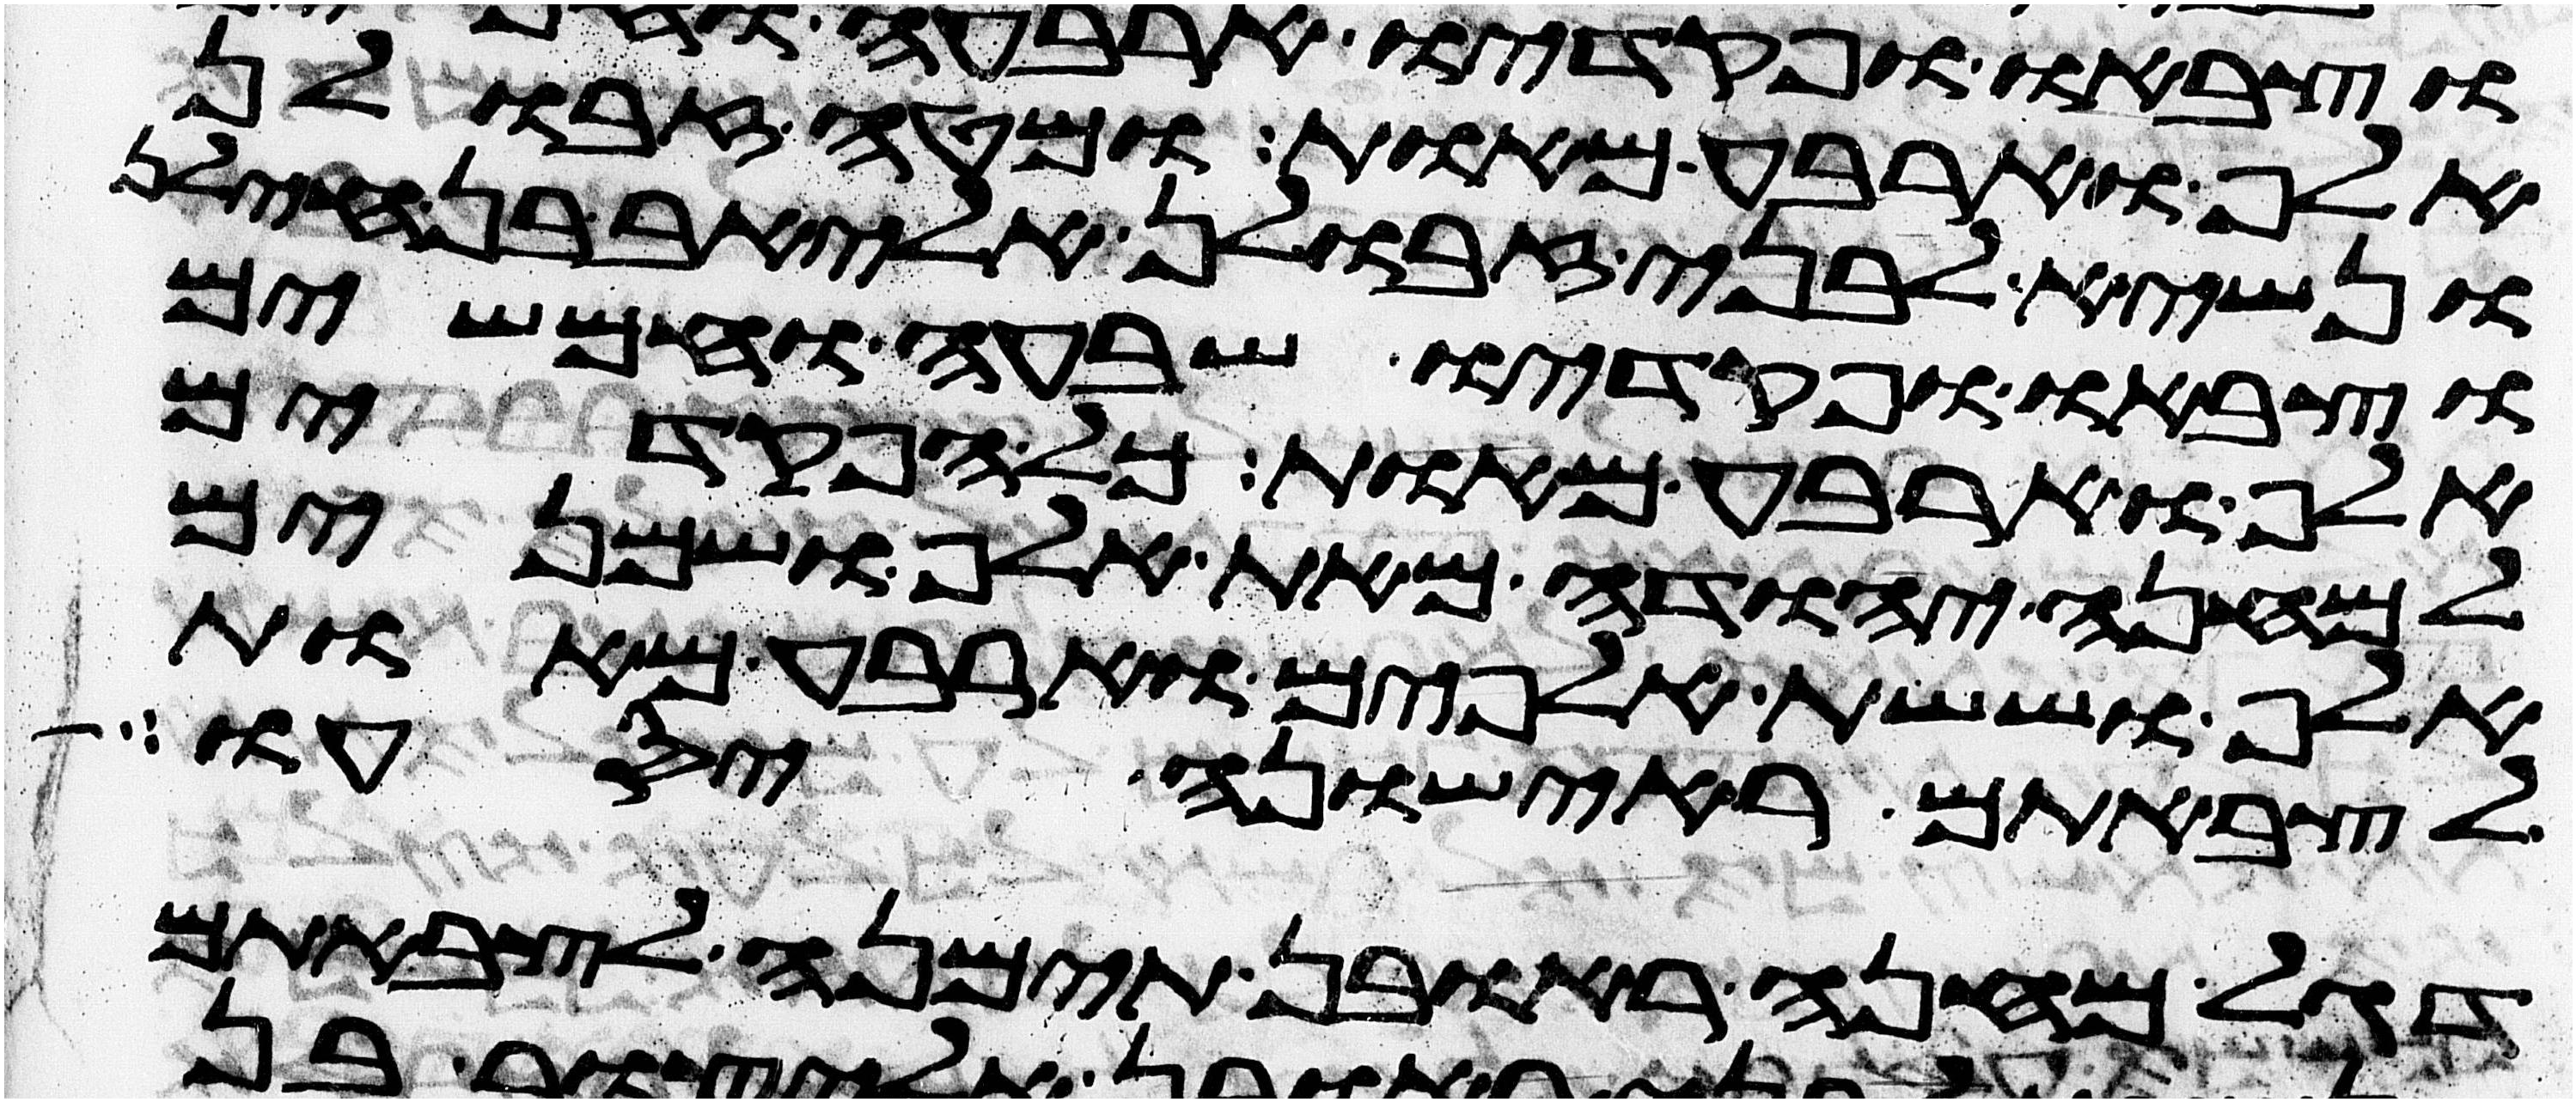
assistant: אלף וארבע מאות ומטה זבולן
ונשיא לבני זבולן אליאב בן חילן
וצבאו ופקדיו שבעה וחמשים
אלף וארבע מאות כל הפקדים
למחנה יהודה מאת אלף ושמנים
אלף וששת אלפים וארבע מאות
לצבאתם ראישונה יסעו
דגל מחנה ראובן תימנה לצבאתם